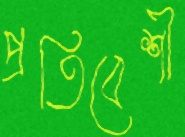
প্রতিবেশী